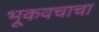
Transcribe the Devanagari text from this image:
भूकवचाचा